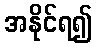
အနိုင်ရ၍